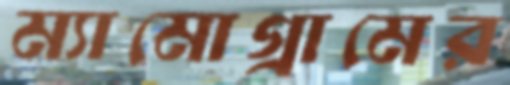
ম্যামোগ্রামের